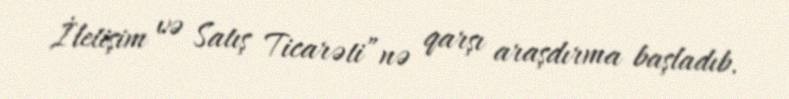
İletişim və Satış Ticarəti”nə qarşı araşdırma başladıb.